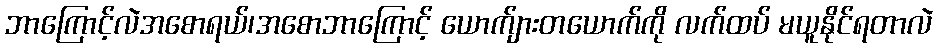
ဘာကြောင့်လဲအစောရယ်၊အစောဘာကြောင့် ယောက်ျားတယောက်ကို လက်ထပ် မယူနိုင်ရတာလဲ